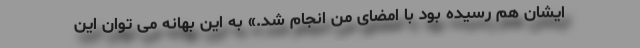
ایشان هم رسیده بود با امضای من انجام شد.» به این بهانه می توان این